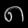
Digit: ၈